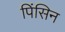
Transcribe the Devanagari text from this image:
पिंसिन